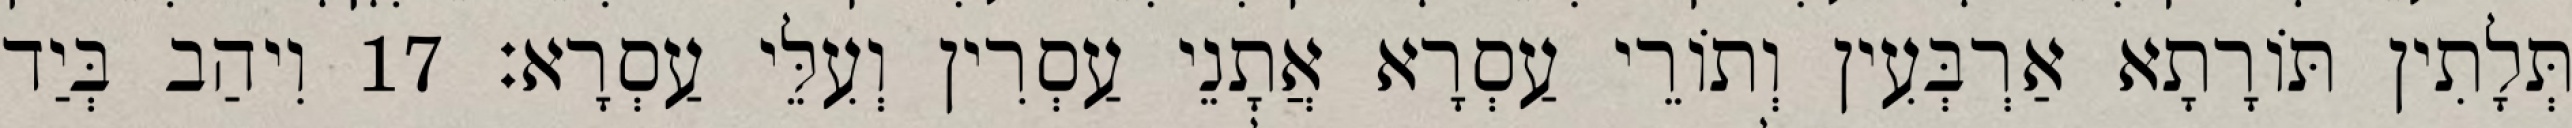
תְּלָתִין תּוֹרָתָא אַרְבְּעִין וְתוֹרֵי עַסְרָא אֲתָנֵי עַסְרִין וְעִלֵּי עַסְרָא׃ 17 וִיהַב בְּיַד